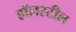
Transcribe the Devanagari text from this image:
हॉलस्टील